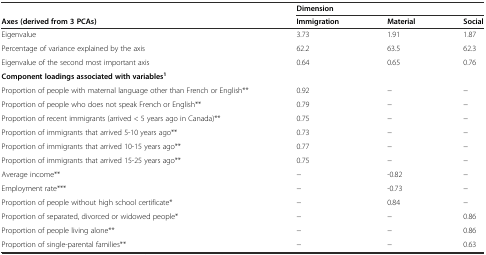
<table><thead><tr><td>[EMPTY_CELL]</td><td colspan="3"><b>Dimension</b></td></tr><tr><td><b>Axes (derived from 3 PCAs)</b></td><td><b>Immigration</b></td><td><b>Material</b></td><td><b>Social</b></td></tr></thead><tbody><tr><td>Eigenvalue</td><td>3.73</td><td>1.91</td><td>1.87</td></tr><tr><td>Percentage of variance explained by the axis</td><td>62.2</td><td>63.5</td><td>62.3</td></tr><tr><td>Eigenvalue of the second most important axis</td><td>0.64</td><td>0.65</td><td>0.76</td></tr><tr><td><b>Component loadings associated with variables</b><sup><b>1</b></sup></td><td>[EMPTY_CELL]</td><td>[EMPTY_CELL]</td><td>[EMPTY_CELL]</td></tr><tr><td>Proportion of people with maternal language other than French or English**</td><td>0.92</td><td>−</td><td>−</td></tr><tr><td>Proportion of people who does not speak French or English**</td><td>0.79</td><td>−</td><td>−</td></tr><tr><td>Proportion of recent immigrants (arrived &lt; 5 years ago in Canada)**</td><td>0.75</td><td>−</td><td>−</td></tr><tr><td>Proportion of immigrants that arrived 5-10 years ago**</td><td>0.73</td><td>−</td><td>−</td></tr><tr><td>Proportion of immigrants that arrived 10-15 years ago**</td><td>0.77</td><td>−</td><td>−</td></tr><tr><td>Proportion of immigrants that arrived 15-25 years ago**</td><td>0.75</td><td>−</td><td>−</td></tr><tr><td>Average income**</td><td>−</td><td>-0.82</td><td>−</td></tr><tr><td>Employment rate***</td><td>−</td><td>-0.73</td><td>−</td></tr><tr><td>Proportion of people without high school certificate*</td><td>−</td><td>0.84</td><td>−</td></tr><tr><td>Proportion of separated, divorced or widowed people*</td><td>−</td><td>−</td><td>0.86</td></tr><tr><td>Proportion of people living alone**</td><td>−</td><td>−</td><td>0.86</td></tr><tr><td>Proportion of single-parental families**</td><td>−</td><td>−</td><td>0.63</td></tr></tbody></table>